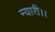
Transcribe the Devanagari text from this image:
न्यारी।।